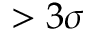
> 3 \sigma